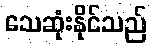
သေဆုံးနိုင်သည်